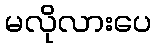
မလိုလားပေ